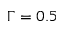
\Gamma = 0 . 5